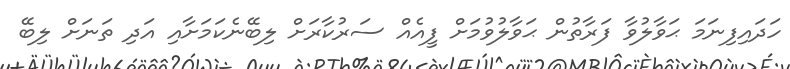
ހަދައިފިނަމަ ޙަވާލުވާ ފަރާތުން ޙަވާލުވުމަށް ފީއެއް ސަރުކާރަށް ލިބޭނެކަމަށާއި އަދި ތަނަށް ލިބޭ